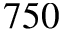
7 5 0